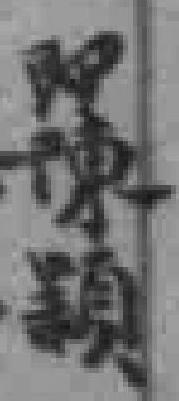
即陳穎